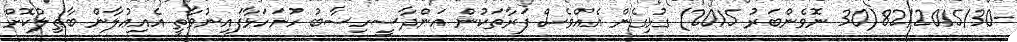
-82/2015/30(30 ނޮވެންބަރު 2015) ގުޅިގެން އެއްވެސް ފަރާތަކުން އަންދާސީހިސާބު ހުށަހަޅާފައިނުވާތީ އެއިޢުލާން ބާޠިލުކޮށް